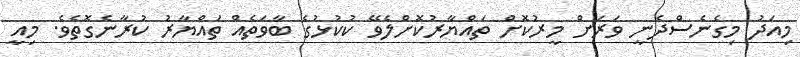
މިއަދު މިގެނެސްދެނީ ވަރަށް މީރުކޮށް ތައްޔާރުކޮށްލެވޭ ކުކުޅުގެ ބާވަތެއް ތައްޔާރު ކުރާނެގޮތެވެ. މިއީ